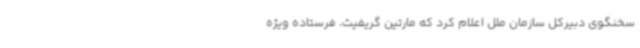
سخنگوی دبیرکل سازمان ملل اعلام کرد که مارتین گریفیث، فرستاده ویژه